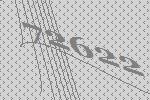
72622